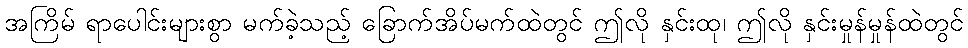
အကြိမ် ရာပေါင်းများစွာ မက်ခဲ့သည့် ခြောက်အိပ်မက်ထဲတွင် ဤလို နှင်းထု၊ ဤလို နှင်းမှုန်မှုန်ထဲတွင်